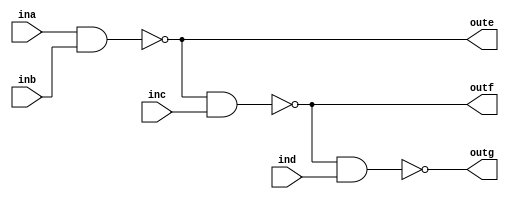
`timescale 1ns / 1ps

module nand1(
    input ina, inb, inc, ind,
    output oute, outf, outg
);
    
    assign oute = ~(ina & inb);
    assign outf = ~(oute & inc);
    assign outg = ~(outf & ind);
    
endmodule